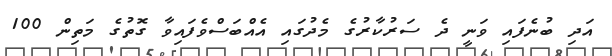
އަދި ބުނެފައި ވަނީ ދެ ސަރުކާރުގެ މެދުގައި އެއްބަސްވެފައިވާ ގޮތުގެ މަތިން 100